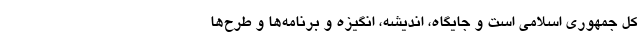
کل جمهوری اسلامی است و جایگاه، اندیشه، انگیزه و برنامه‌ها و طرح‌ها